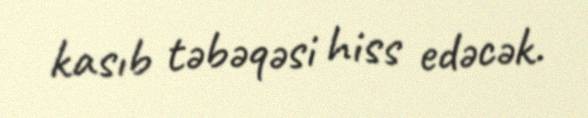
kasıb təbəqəsi hiss edəcək.